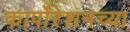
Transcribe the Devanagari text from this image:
कार्पोरेशनच्या